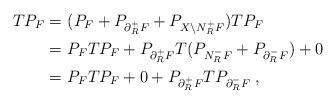
LaTeX: \begin{align*} T P_F =&\ (P_F + P_{\partial^+_R F} + P_{X \setminus N_R^+ F} ) T P_F \\ =&\ P_F T P_F + P_{\partial^+_R F} T (P_{N_{R}^-F} + P_{\partial^-_R F}) + 0 \\ =&\ P_F T P_F + 0 + P_{\partial^+_R F} T P_{\partial^-_R F} \;,\end{align*}